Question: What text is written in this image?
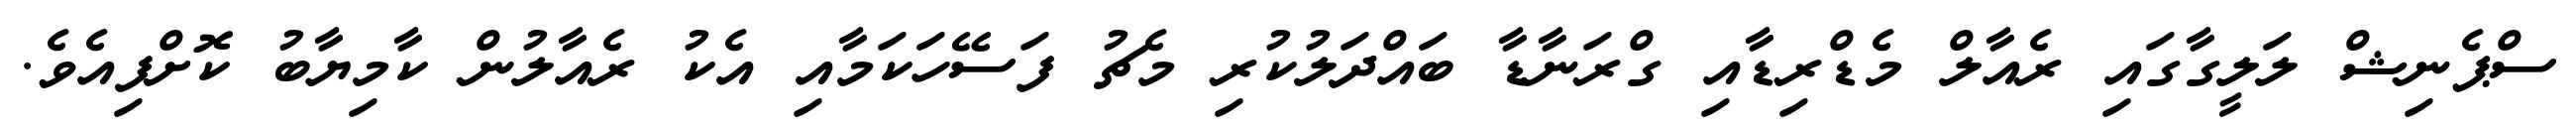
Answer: ސްޕެނިޝް ލަލީގާގައި ރެއާލް މެޑްރިޑާއި ގްރަނާޑާ ބައްދަލުކުރި މެޗު ފަސޭހަކަމާއި އެކު ރެއާލުން ކާމިޔާބު ކޮށްފިއެވެ.